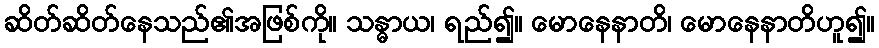
ဆိတ်ဆိတ်နေသည်၏အဖြစ်ကို။ သန္ဓာယ၊ ရည်၍။ မောနေနာတိ၊ မောနေနာတိဟူ၍။